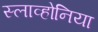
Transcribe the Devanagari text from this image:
स्लाव्होनिया